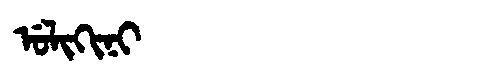
Manchu: ᡠᠯᡳᡴᡳᠨᡳ
Romanization: ULIKINI